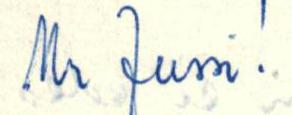
Mr Jussi!